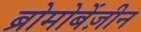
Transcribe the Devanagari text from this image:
ब्रोमोबेंज़ीन